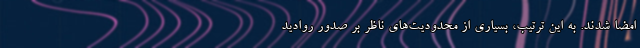
امضا شدند. به این ترتیب، بسیاری از محدودیت‌های ناظر بر صدور روادید